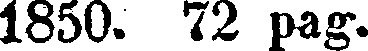
1850. 72 pag.